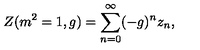
Z ( m ^ { 2 } = 1 , g ) = \sum _ { n = 0 } ^ { \infty } ( - g ) ^ { n } z _ { n } ,